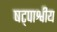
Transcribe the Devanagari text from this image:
षट्पाश्वीय